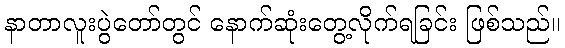
နာတာလူးပွဲတော်တွင် နောက်ဆုံးတွေ့လိုက်ရခြင်း ဖြစ်သည်။